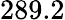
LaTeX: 289.2